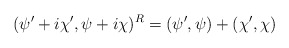
\begin{align*}(\psi ^{\prime }+i\chi ^{\prime },\psi +i\chi )^{R}=(\psi ^{\prime },\psi)+(\chi ^{\prime },\chi ) \end{align*}